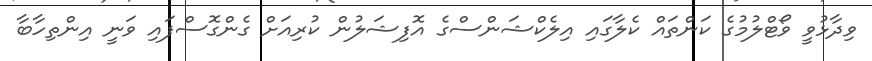
ވިދާޅުވީ ވޯޓްލުމުގެ ކަންތައް ކެލާގައި އިލެކްޝަންސްގެ އޮފިޝަލުން ކުރިއަށް ގެންގޮސްފައި ވަނީ އިންތިހާބާ